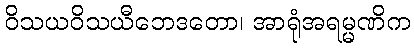
ဝိသယဝိသယီဘေဒတော၊ အာရုံအရမ္မဏိက